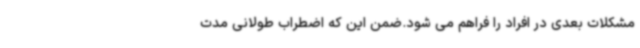
مشکلات بعدی در افراد را فراهم می شود.ضمن این که اضطراب طولانی مدت